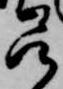
呂